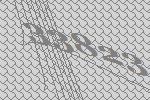
33823